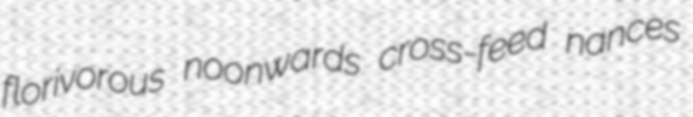
florivorous noonwards cross-feed nances